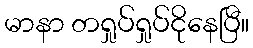
မာနာ တရှုပ်ရှုပ်ငိုနေပြီ။